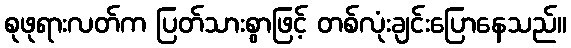
စုဖုရားလတ်က ပြတ်သားစွာဖြင့် တစ်လုံးချင်းပြောနေသည်။